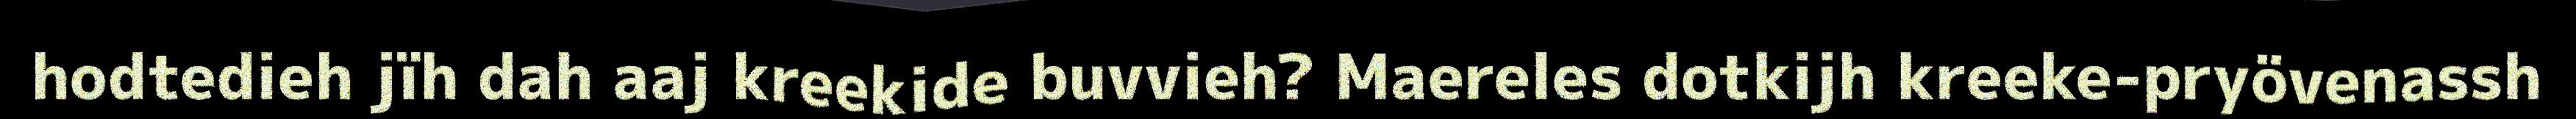
hodtedieh jïh dah aaj kreekide buvvieh? Maereles dotkijh kreeke-pryövenassh